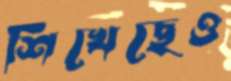
শিখেছেও